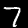
Digit: 7